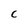
Character: C